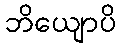
ဘိယျောပိ